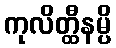
ကုလိတ္ထီနမ္ပိ